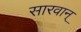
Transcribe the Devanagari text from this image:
सारवान्‌